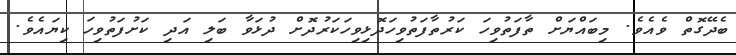
ބެދޭގޮތް ވެއެވެ. މިބައްޔަށް ތާފަތުވިހަ ކަރުތާފަތުވިހަދޮޅިވިހަކަރުދޮށް ދުޅަވާ ބަލި އަދި ކަށުފަތުވިހަ ކިޔައެވެ.